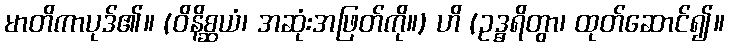
မာတိကာပုဒ်၏။ (ဝိနိစ္ဆယံ၊ အဆုံးအဖြတ်ကို။) ဟိ (ဥဒ္ဓရိတွာ၊ ထုတ်ဆောင်၍။